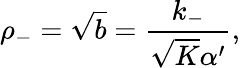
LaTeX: \rho_{-}=\sqrt{b}=\frac{k_{-}}{\sqrt{K}\alpha^{\prime}},